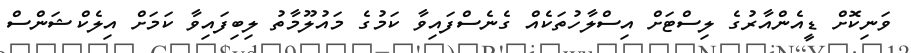
ވަނިކޮށް ޑީއެންއާރުގެ ލިސްޓަށް އިސްލާހުތަކެއް ގެނެސްފައިވާ ކަމުގެ މައުލޫމާތު ލިބިފައިވާ ކަމަށް އިލެކްޝަންސް